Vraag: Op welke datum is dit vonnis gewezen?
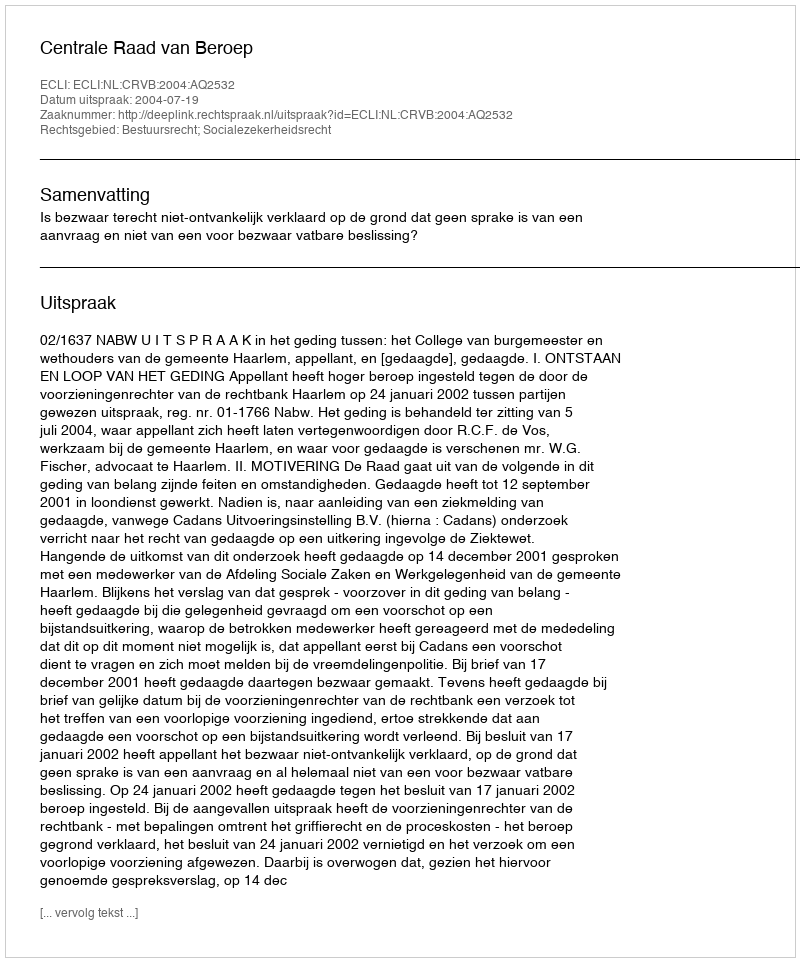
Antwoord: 2004-07-19